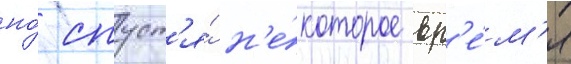
но́ спуст'я́ н'е́которое вр'е́м'я